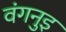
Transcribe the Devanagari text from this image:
वंगनुइ